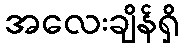
အလေးချိန်ရှိ